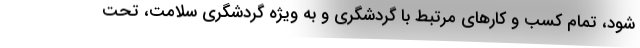
شود، تمام کسب و کارهای مرتبط با گردشگری و به ویژه گردشگری سلامت، تحت